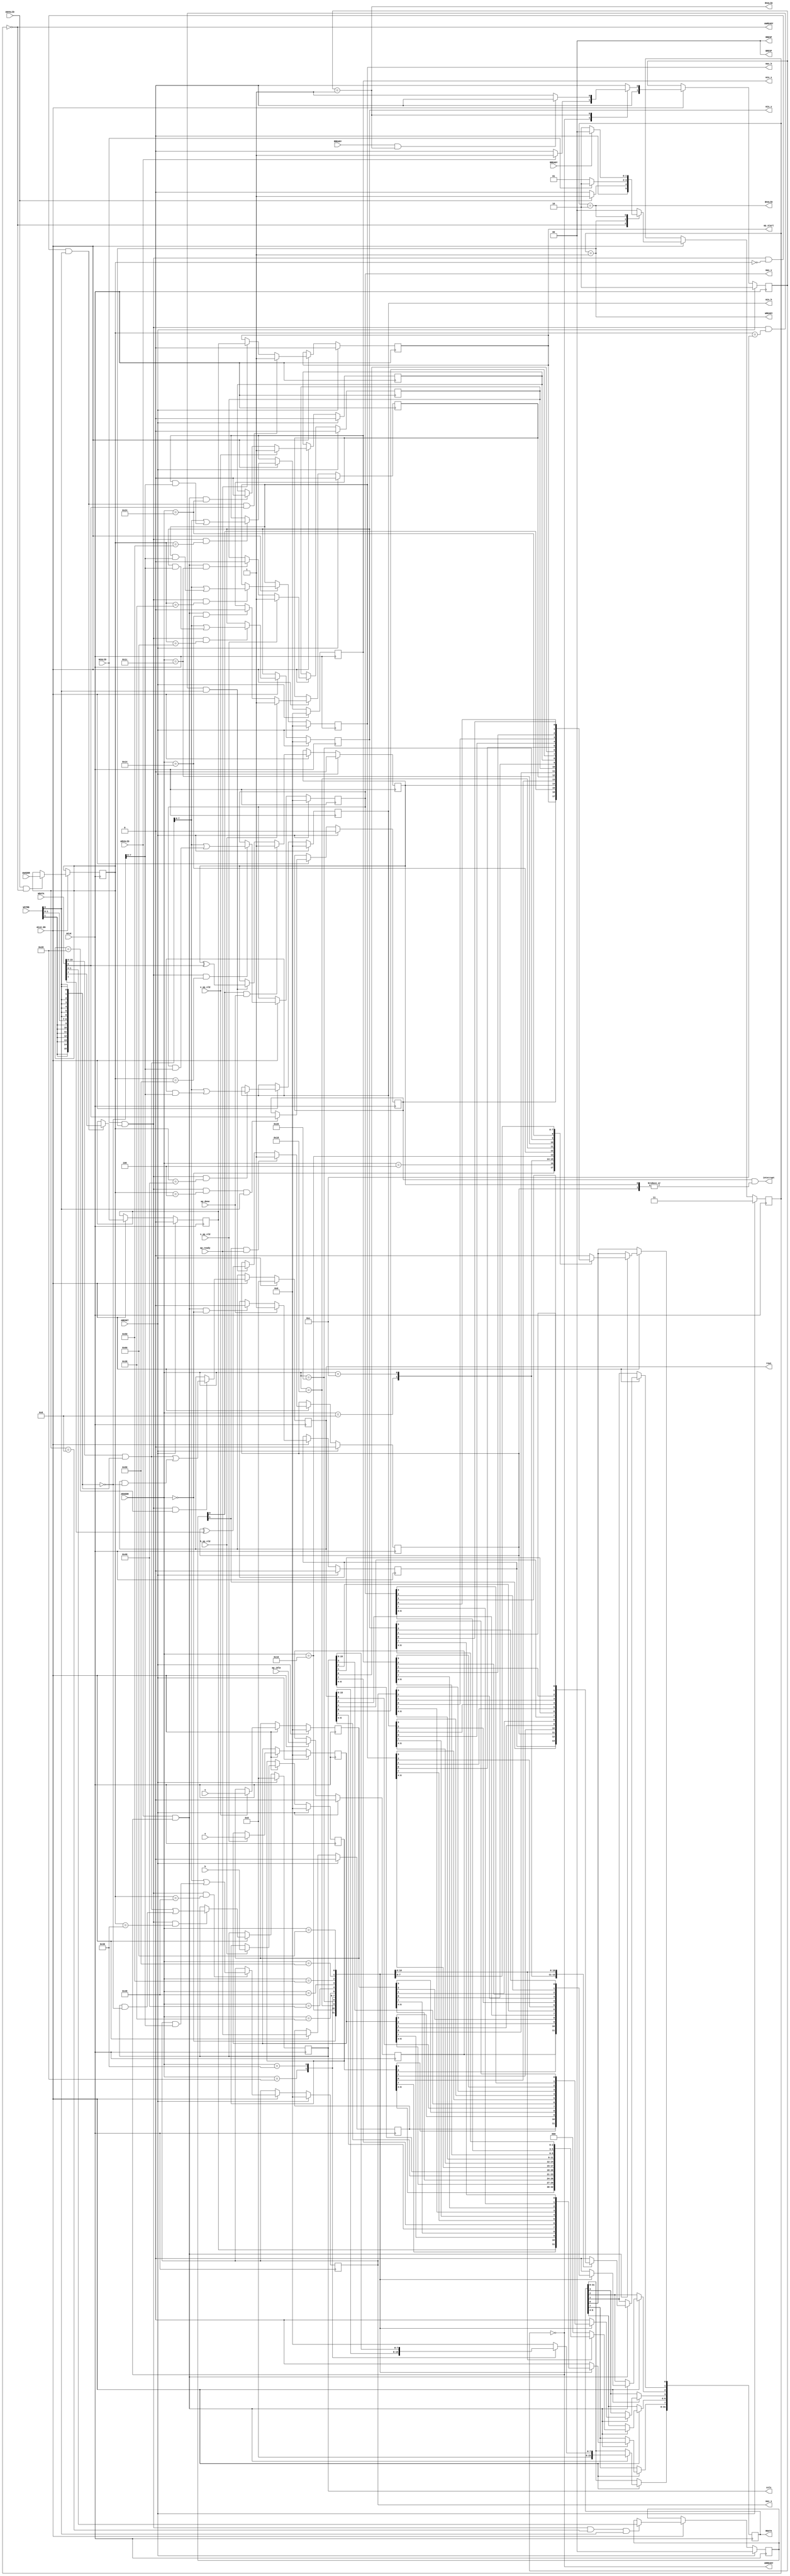
// ==============================================================
// File generated by Vivado(TM) HLS - High-Level Synthesis from C, C++ and SystemC
// Version: 2018.2
// Copyright (C) 1986-2018 Xilinx, Inc. All Rights Reserved.
// 
// ==============================================================

`timescale 1ns/1ps
module threshold2_AXILiteS_s_axi
#(parameter
    C_S_AXI_ADDR_WIDTH = 7,
    C_S_AXI_DATA_WIDTH = 32
)(
    // axi4 lite slave signals
    input  wire                          ACLK,
    input  wire                          ARESET,
    input  wire                          ACLK_EN,
    input  wire [C_S_AXI_ADDR_WIDTH-1:0] AWADDR,
    input  wire                          AWVALID,
    output wire                          AWREADY,
    input  wire [C_S_AXI_DATA_WIDTH-1:0] WDATA,
    input  wire [C_S_AXI_DATA_WIDTH/8-1:0] WSTRB,
    input  wire                          WVALID,
    output wire                          WREADY,
    output wire [1:0]                    BRESP,
    output wire                          BVALID,
    input  wire                          BREADY,
    input  wire [C_S_AXI_ADDR_WIDTH-1:0] ARADDR,
    input  wire                          ARVALID,
    output wire                          ARREADY,
    output wire [C_S_AXI_DATA_WIDTH-1:0] RDATA,
    output wire [1:0]                    RRESP,
    output wire                          RVALID,
    input  wire                          RREADY,
    output wire                          interrupt,
    // user signals
    output wire                          ap_start,
    input  wire                          ap_done,
    input  wire                          ap_ready,
    input  wire                          ap_idle,
    input  wire [7:0]                    h,
    input  wire                          h_ap_vld,
    input  wire [7:0]                    s,
    input  wire                          s_ap_vld,
    input  wire [7:0]                    v,
    input  wire                          v_ap_vld,
    output wire [15:0]                   rows,
    output wire [15:0]                   cols,
    output wire [7:0]                    max_h,
    output wire [7:0]                    min_h,
    output wire [7:0]                    max_s,
    output wire [7:0]                    min_s,
    output wire [7:0]                    max_v,
    output wire [7:0]                    min_v
);
//------------------------Address Info-------------------
// 0x00 : Control signals
//        bit 0  - ap_start (Read/Write/COH)
//        bit 1  - ap_done (Read/COR)
//        bit 2  - ap_idle (Read)
//        bit 3  - ap_ready (Read)
//        bit 7  - auto_restart (Read/Write)
//        others - reserved
// 0x04 : Global Interrupt Enable Register
//        bit 0  - Global Interrupt Enable (Read/Write)
//        others - reserved
// 0x08 : IP Interrupt Enable Register (Read/Write)
//        bit 0  - Channel 0 (ap_done)
//        bit 1  - Channel 1 (ap_ready)
//        others - reserved
// 0x0c : IP Interrupt Status Register (Read/TOW)
//        bit 0  - Channel 0 (ap_done)
//        bit 1  - Channel 1 (ap_ready)
//        others - reserved
// 0x10 : Data signal of h
//        bit 7~0 - h[7:0] (Read)
//        others  - reserved
// 0x14 : Control signal of h
//        bit 0  - h_ap_vld (Read/COR)
//        others - reserved
// 0x18 : Data signal of s
//        bit 7~0 - s[7:0] (Read)
//        others  - reserved
// 0x1c : Control signal of s
//        bit 0  - s_ap_vld (Read/COR)
//        others - reserved
// 0x20 : Data signal of v
//        bit 7~0 - v[7:0] (Read)
//        others  - reserved
// 0x24 : Control signal of v
//        bit 0  - v_ap_vld (Read/COR)
//        others - reserved
// 0x28 : Data signal of rows
//        bit 15~0 - rows[15:0] (Read/Write)
//        others   - reserved
// 0x2c : reserved
// 0x30 : Data signal of cols
//        bit 15~0 - cols[15:0] (Read/Write)
//        others   - reserved
// 0x34 : reserved
// 0x38 : Data signal of max_h
//        bit 7~0 - max_h[7:0] (Read/Write)
//        others  - reserved
// 0x3c : reserved
// 0x40 : Data signal of min_h
//        bit 7~0 - min_h[7:0] (Read/Write)
//        others  - reserved
// 0x44 : reserved
// 0x48 : Data signal of max_s
//        bit 7~0 - max_s[7:0] (Read/Write)
//        others  - reserved
// 0x4c : reserved
// 0x50 : Data signal of min_s
//        bit 7~0 - min_s[7:0] (Read/Write)
//        others  - reserved
// 0x54 : reserved
// 0x58 : Data signal of max_v
//        bit 7~0 - max_v[7:0] (Read/Write)
//        others  - reserved
// 0x5c : reserved
// 0x60 : Data signal of min_v
//        bit 7~0 - min_v[7:0] (Read/Write)
//        others  - reserved
// 0x64 : reserved
// (SC = Self Clear, COR = Clear on Read, TOW = Toggle on Write, COH = Clear on Handshake)

//------------------------Parameter----------------------
localparam
    ADDR_AP_CTRL      = 7'h00,
    ADDR_GIE          = 7'h04,
    ADDR_IER          = 7'h08,
    ADDR_ISR          = 7'h0c,
    ADDR_H_DATA_0     = 7'h10,
    ADDR_H_CTRL       = 7'h14,
    ADDR_S_DATA_0     = 7'h18,
    ADDR_S_CTRL       = 7'h1c,
    ADDR_V_DATA_0     = 7'h20,
    ADDR_V_CTRL       = 7'h24,
    ADDR_ROWS_DATA_0  = 7'h28,
    ADDR_ROWS_CTRL    = 7'h2c,
    ADDR_COLS_DATA_0  = 7'h30,
    ADDR_COLS_CTRL    = 7'h34,
    ADDR_MAX_H_DATA_0 = 7'h38,
    ADDR_MAX_H_CTRL   = 7'h3c,
    ADDR_MIN_H_DATA_0 = 7'h40,
    ADDR_MIN_H_CTRL   = 7'h44,
    ADDR_MAX_S_DATA_0 = 7'h48,
    ADDR_MAX_S_CTRL   = 7'h4c,
    ADDR_MIN_S_DATA_0 = 7'h50,
    ADDR_MIN_S_CTRL   = 7'h54,
    ADDR_MAX_V_DATA_0 = 7'h58,
    ADDR_MAX_V_CTRL   = 7'h5c,
    ADDR_MIN_V_DATA_0 = 7'h60,
    ADDR_MIN_V_CTRL   = 7'h64,
    WRIDLE            = 2'd0,
    WRDATA            = 2'd1,
    WRRESP            = 2'd2,
    WRRESET           = 2'd3,
    RDIDLE            = 2'd0,
    RDDATA            = 2'd1,
    RDRESET           = 2'd2,
    ADDR_BITS         = 7;

//------------------------Local signal-------------------
    reg  [1:0]                    wstate = WRRESET;
    reg  [1:0]                    wnext;
    reg  [ADDR_BITS-1:0]          waddr;
    wire [31:0]                   wmask;
    wire                          aw_hs;
    wire                          w_hs;
    reg  [1:0]                    rstate = RDRESET;
    reg  [1:0]                    rnext;
    reg  [31:0]                   rdata;
    wire                          ar_hs;
    wire [ADDR_BITS-1:0]          raddr;
    // internal registers
    reg                           int_ap_idle;
    reg                           int_ap_ready;
    reg                           int_ap_done = 1'b0;
    reg                           int_ap_start = 1'b0;
    reg                           int_auto_restart = 1'b0;
    reg                           int_gie = 1'b0;
    reg  [1:0]                    int_ier = 2'b0;
    reg  [1:0]                    int_isr = 2'b0;
    reg  [7:0]                    int_h = 'b0;
    reg                           int_h_ap_vld;
    reg  [7:0]                    int_s = 'b0;
    reg                           int_s_ap_vld;
    reg  [7:0]                    int_v = 'b0;
    reg                           int_v_ap_vld;
    reg  [15:0]                   int_rows = 'b0;
    reg  [15:0]                   int_cols = 'b0;
    reg  [7:0]                    int_max_h = 'b0;
    reg  [7:0]                    int_min_h = 'b0;
    reg  [7:0]                    int_max_s = 'b0;
    reg  [7:0]                    int_min_s = 'b0;
    reg  [7:0]                    int_max_v = 'b0;
    reg  [7:0]                    int_min_v = 'b0;

//------------------------Instantiation------------------

//------------------------AXI write fsm------------------
assign AWREADY = (wstate == WRIDLE);
assign WREADY  = (wstate == WRDATA);
assign BRESP   = 2'b00;  // OKAY
assign BVALID  = (wstate == WRRESP);
assign wmask   = { {8{WSTRB[3]}}, {8{WSTRB[2]}}, {8{WSTRB[1]}}, {8{WSTRB[0]}} };
assign aw_hs   = AWVALID & AWREADY;
assign w_hs    = WVALID & WREADY;

// wstate
always @(posedge ACLK) begin
    if (ARESET)
        wstate <= WRRESET;
    else if (ACLK_EN)
        wstate <= wnext;
end

// wnext
always @(*) begin
    case (wstate)
        WRIDLE:
            if (AWVALID)
                wnext = WRDATA;
            else
                wnext = WRIDLE;
        WRDATA:
            if (WVALID)
                wnext = WRRESP;
            else
                wnext = WRDATA;
        WRRESP:
            if (BREADY)
                wnext = WRIDLE;
            else
                wnext = WRRESP;
        default:
            wnext = WRIDLE;
    endcase
end

// waddr
always @(posedge ACLK) begin
    if (ACLK_EN) begin
        if (aw_hs)
            waddr <= AWADDR[ADDR_BITS-1:0];
    end
end

//------------------------AXI read fsm-------------------
assign ARREADY = (rstate == RDIDLE);
assign RDATA   = rdata;
assign RRESP   = 2'b00;  // OKAY
assign RVALID  = (rstate == RDDATA);
assign ar_hs   = ARVALID & ARREADY;
assign raddr   = ARADDR[ADDR_BITS-1:0];

// rstate
always @(posedge ACLK) begin
    if (ARESET)
        rstate <= RDRESET;
    else if (ACLK_EN)
        rstate <= rnext;
end

// rnext
always @(*) begin
    case (rstate)
        RDIDLE:
            if (ARVALID)
                rnext = RDDATA;
            else
                rnext = RDIDLE;
        RDDATA:
            if (RREADY & RVALID)
                rnext = RDIDLE;
            else
                rnext = RDDATA;
        default:
            rnext = RDIDLE;
    endcase
end

// rdata
always @(posedge ACLK) begin
    if (ACLK_EN) begin
        if (ar_hs) begin
            rdata <= 1'b0;
            case (raddr)
                ADDR_AP_CTRL: begin
                    rdata[0] <= int_ap_start;
                    rdata[1] <= int_ap_done;
                    rdata[2] <= int_ap_idle;
                    rdata[3] <= int_ap_ready;
                    rdata[7] <= int_auto_restart;
                end
                ADDR_GIE: begin
                    rdata <= int_gie;
                end
                ADDR_IER: begin
                    rdata <= int_ier;
                end
                ADDR_ISR: begin
                    rdata <= int_isr;
                end
                ADDR_H_DATA_0: begin
                    rdata <= int_h[7:0];
                end
                ADDR_H_CTRL: begin
                    rdata[0] <= int_h_ap_vld;
                end
                ADDR_S_DATA_0: begin
                    rdata <= int_s[7:0];
                end
                ADDR_S_CTRL: begin
                    rdata[0] <= int_s_ap_vld;
                end
                ADDR_V_DATA_0: begin
                    rdata <= int_v[7:0];
                end
                ADDR_V_CTRL: begin
                    rdata[0] <= int_v_ap_vld;
                end
                ADDR_ROWS_DATA_0: begin
                    rdata <= int_rows[15:0];
                end
                ADDR_COLS_DATA_0: begin
                    rdata <= int_cols[15:0];
                end
                ADDR_MAX_H_DATA_0: begin
                    rdata <= int_max_h[7:0];
                end
                ADDR_MIN_H_DATA_0: begin
                    rdata <= int_min_h[7:0];
                end
                ADDR_MAX_S_DATA_0: begin
                    rdata <= int_max_s[7:0];
                end
                ADDR_MIN_S_DATA_0: begin
                    rdata <= int_min_s[7:0];
                end
                ADDR_MAX_V_DATA_0: begin
                    rdata <= int_max_v[7:0];
                end
                ADDR_MIN_V_DATA_0: begin
                    rdata <= int_min_v[7:0];
                end
            endcase
        end
    end
end


//------------------------Register logic-----------------
assign interrupt = int_gie & (|int_isr);
assign ap_start  = int_ap_start;
assign rows      = int_rows;
assign cols      = int_cols;
assign max_h     = int_max_h;
assign min_h     = int_min_h;
assign max_s     = int_max_s;
assign min_s     = int_min_s;
assign max_v     = int_max_v;
assign min_v     = int_min_v;
// int_ap_start
always @(posedge ACLK) begin
    if (ARESET)
        int_ap_start <= 1'b0;
    else if (ACLK_EN) begin
        if (w_hs && waddr == ADDR_AP_CTRL && WSTRB[0] && WDATA[0])
            int_ap_start <= 1'b1;
        else if (ap_ready)
            int_ap_start <= int_auto_restart; // clear on handshake/auto restart
    end
end

// int_ap_done
always @(posedge ACLK) begin
    if (ARESET)
        int_ap_done <= 1'b0;
    else if (ACLK_EN) begin
        if (ap_done)
            int_ap_done <= 1'b1;
        else if (ar_hs && raddr == ADDR_AP_CTRL)
            int_ap_done <= 1'b0; // clear on read
    end
end

// int_ap_idle
always @(posedge ACLK) begin
    if (ARESET)
        int_ap_idle <= 1'b0;
    else if (ACLK_EN) begin
            int_ap_idle <= ap_idle;
    end
end

// int_ap_ready
always @(posedge ACLK) begin
    if (ARESET)
        int_ap_ready <= 1'b0;
    else if (ACLK_EN) begin
            int_ap_ready <= ap_ready;
    end
end

// int_auto_restart
always @(posedge ACLK) begin
    if (ARESET)
        int_auto_restart <= 1'b0;
    else if (ACLK_EN) begin
        if (w_hs && waddr == ADDR_AP_CTRL && WSTRB[0])
            int_auto_restart <=  WDATA[7];
    end
end

// int_gie
always @(posedge ACLK) begin
    if (ARESET)
        int_gie <= 1'b0;
    else if (ACLK_EN) begin
        if (w_hs && waddr == ADDR_GIE && WSTRB[0])
            int_gie <= WDATA[0];
    end
end

// int_ier
always @(posedge ACLK) begin
    if (ARESET)
        int_ier <= 1'b0;
    else if (ACLK_EN) begin
        if (w_hs && waddr == ADDR_IER && WSTRB[0])
            int_ier <= WDATA[1:0];
    end
end

// int_isr[0]
always @(posedge ACLK) begin
    if (ARESET)
        int_isr[0] <= 1'b0;
    else if (ACLK_EN) begin
        if (int_ier[0] & ap_done)
            int_isr[0] <= 1'b1;
        else if (w_hs && waddr == ADDR_ISR && WSTRB[0])
            int_isr[0] <= int_isr[0] ^ WDATA[0]; // toggle on write
    end
end

// int_isr[1]
always @(posedge ACLK) begin
    if (ARESET)
        int_isr[1] <= 1'b0;
    else if (ACLK_EN) begin
        if (int_ier[1] & ap_ready)
            int_isr[1] <= 1'b1;
        else if (w_hs && waddr == ADDR_ISR && WSTRB[0])
            int_isr[1] <= int_isr[1] ^ WDATA[1]; // toggle on write
    end
end

// int_h
always @(posedge ACLK) begin
    if (ARESET)
        int_h <= 0;
    else if (ACLK_EN) begin
        if (h_ap_vld)
            int_h <= h;
    end
end

// int_h_ap_vld
always @(posedge ACLK) begin
    if (ARESET)
        int_h_ap_vld <= 1'b0;
    else if (ACLK_EN) begin
        if (h_ap_vld)
            int_h_ap_vld <= 1'b1;
        else if (ar_hs && raddr == ADDR_H_CTRL)
            int_h_ap_vld <= 1'b0; // clear on read
    end
end

// int_s
always @(posedge ACLK) begin
    if (ARESET)
        int_s <= 0;
    else if (ACLK_EN) begin
        if (s_ap_vld)
            int_s <= s;
    end
end

// int_s_ap_vld
always @(posedge ACLK) begin
    if (ARESET)
        int_s_ap_vld <= 1'b0;
    else if (ACLK_EN) begin
        if (s_ap_vld)
            int_s_ap_vld <= 1'b1;
        else if (ar_hs && raddr == ADDR_S_CTRL)
            int_s_ap_vld <= 1'b0; // clear on read
    end
end

// int_v
always @(posedge ACLK) begin
    if (ARESET)
        int_v <= 0;
    else if (ACLK_EN) begin
        if (v_ap_vld)
            int_v <= v;
    end
end

// int_v_ap_vld
always @(posedge ACLK) begin
    if (ARESET)
        int_v_ap_vld <= 1'b0;
    else if (ACLK_EN) begin
        if (v_ap_vld)
            int_v_ap_vld <= 1'b1;
        else if (ar_hs && raddr == ADDR_V_CTRL)
            int_v_ap_vld <= 1'b0; // clear on read
    end
end

// int_rows[15:0]
always @(posedge ACLK) begin
    if (ARESET)
        int_rows[15:0] <= 0;
    else if (ACLK_EN) begin
        if (w_hs && waddr == ADDR_ROWS_DATA_0)
            int_rows[15:0] <= (WDATA[31:0] & wmask) | (int_rows[15:0] & ~wmask);
    end
end

// int_cols[15:0]
always @(posedge ACLK) begin
    if (ARESET)
        int_cols[15:0] <= 0;
    else if (ACLK_EN) begin
        if (w_hs && waddr == ADDR_COLS_DATA_0)
            int_cols[15:0] <= (WDATA[31:0] & wmask) | (int_cols[15:0] & ~wmask);
    end
end

// int_max_h[7:0]
always @(posedge ACLK) begin
    if (ARESET)
        int_max_h[7:0] <= 0;
    else if (ACLK_EN) begin
        if (w_hs && waddr == ADDR_MAX_H_DATA_0)
            int_max_h[7:0] <= (WDATA[31:0] & wmask) | (int_max_h[7:0] & ~wmask);
    end
end

// int_min_h[7:0]
always @(posedge ACLK) begin
    if (ARESET)
        int_min_h[7:0] <= 0;
    else if (ACLK_EN) begin
        if (w_hs && waddr == ADDR_MIN_H_DATA_0)
            int_min_h[7:0] <= (WDATA[31:0] & wmask) | (int_min_h[7:0] & ~wmask);
    end
end

// int_max_s[7:0]
always @(posedge ACLK) begin
    if (ARESET)
        int_max_s[7:0] <= 0;
    else if (ACLK_EN) begin
        if (w_hs && waddr == ADDR_MAX_S_DATA_0)
            int_max_s[7:0] <= (WDATA[31:0] & wmask) | (int_max_s[7:0] & ~wmask);
    end
end

// int_min_s[7:0]
always @(posedge ACLK) begin
    if (ARESET)
        int_min_s[7:0] <= 0;
    else if (ACLK_EN) begin
        if (w_hs && waddr == ADDR_MIN_S_DATA_0)
            int_min_s[7:0] <= (WDATA[31:0] & wmask) | (int_min_s[7:0] & ~wmask);
    end
end

// int_max_v[7:0]
always @(posedge ACLK) begin
    if (ARESET)
        int_max_v[7:0] <= 0;
    else if (ACLK_EN) begin
        if (w_hs && waddr == ADDR_MAX_V_DATA_0)
            int_max_v[7:0] <= (WDATA[31:0] & wmask) | (int_max_v[7:0] & ~wmask);
    end
end

// int_min_v[7:0]
always @(posedge ACLK) begin
    if (ARESET)
        int_min_v[7:0] <= 0;
    else if (ACLK_EN) begin
        if (w_hs && waddr == ADDR_MIN_V_DATA_0)
            int_min_v[7:0] <= (WDATA[31:0] & wmask) | (int_min_v[7:0] & ~wmask);
    end
end


//------------------------Memory logic-------------------

endmodule